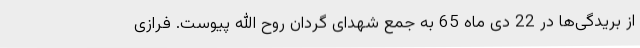
از بریدگی‌ها در 22 دی ماه 65 به جمع شهدای گردان روح الله پیوست. فرازی